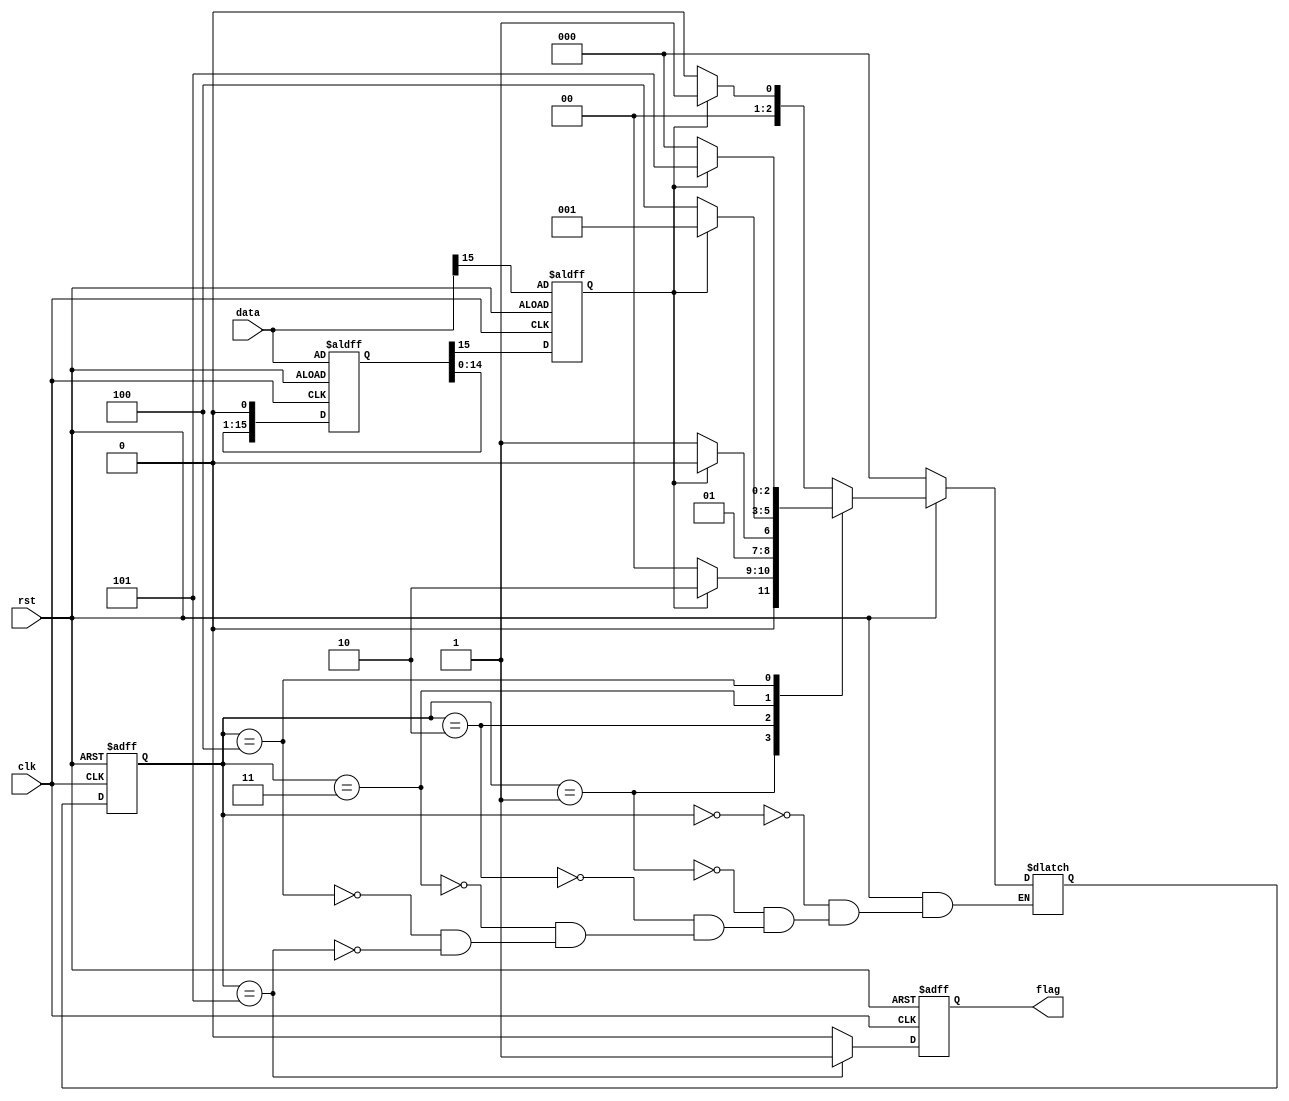
`timescale 1ns / 1ns

module pattern
#(parameter idle=3'd0, s1=3'd1, s2=3'd2, s3=3'd3, s4=3'd4, s5=3'd5)
( output reg flag,
  input [15:0] data,
  input clk, rst
);

reg [2:0] cnt;
reg [2:0] next_cnt;
reg data_read;
reg [15:0] data_shifted;


always @ (posedge clk or negedge rst)
 begin
  if(rst==0)
   begin
   flag <= 1'b0;
   cnt <= idle;
   data_read <= data[15];
   data_shifted <= data;
   end
  else
  begin
   if(cnt == s5)
    begin
    flag <= 1'b1;
    cnt <= next_cnt;
    data_shifted <= data_shifted << 1;
    data_read <= data_shifted[15];
    end
   else
    begin
    flag <= 1'b0;
    cnt <= next_cnt; 
    data_shifted <= data_shifted << 1;
    data_read <= data_shifted[15];
    end
  end
 end

//always @ (cnt)
// begin
// data_shifted <= data << 1;
// data_read <= data_shifted[15];
// end
 
always @ (*)
   if(rst)
   begin
    case(cnt)
    idle: if(data_read == 0) 
           next_cnt <= idle;
          else 
           next_cnt <= s1;      
    s1:   if(data_read == 0) 
           next_cnt <= idle;
          else
           next_cnt <= s2;
    s2:   if(data_read == 0)
           next_cnt <= s3;
          else 
           next_cnt <= s2;
    s3:   if(data_read == 0)
           next_cnt <= s4;
          else
           next_cnt <= s1;
    s4:   if(data_read == 0)
           next_cnt <= idle;
          else  
           begin
           next_cnt <= s5;
//           flag <= 1'b1; 
           end
    s5:   if(data_read == 0)
           next_cnt <= idle; 
          else
           next_cnt <= s1;  
    endcase
   end
   else
    next_cnt <= idle;

endmodule